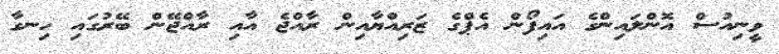
ވީނިއުސް އޮންލައިންގެ އައިފޯން އެޕްގެ ޒަރިއްޔާއިން ރާއްޖެ އާއި ރާއްޖޭން ބޭރުގައި ހިނގާ